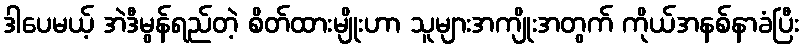
ဒါပေမယ့် အဲဒီမွန်ရည်တဲ့ စိတ်ထားမျိုးဟာ သူများအကျိုးအတွက် ကိုယ်အနစ်နာခံပြီး